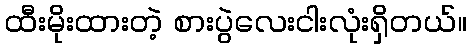
ထီးမိုးထားတဲ့ စားပွဲလေးငါးလုံးရှိတယ်။